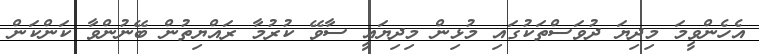
އެހެންވީމަ މިދިޔަ ދުވަސްތަކުގައި މުޅިން މިދިޔައީ ސާވޭ ކުރުމާ ރައްޔިތުން ބޭނުންވާ ކަންކަން